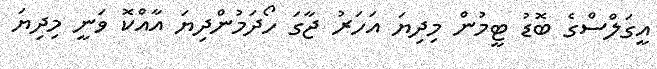
އީގަލްސްގެ ބޮޑު ޓީމުން މިދިޔަ އަހަރު ޖާގަ ހޯދަމުންދިޔަ އާއްކޮ ވަނީ މިދިޔަ